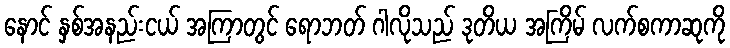
နောင် နှစ်အနည်းငယ် အကြာတွင် ရောဘတ် ဂါလိုသည် ဒုတိယ အကြိမ် လက်စကာဆုကို